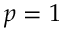
p = 1